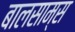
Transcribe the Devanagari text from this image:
बालसाम्स